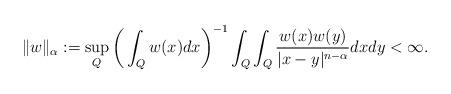
LaTeX: \begin{align*}\|w\|_\alpha:=\sup_{Q}\bigg(\int_Qw(x)dx\bigg)^{-1}\int_Q\int_Q\frac{w(x)w(y)}{|x-y|^{n-\alpha}}dxdy<\infty.\end{align*}